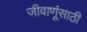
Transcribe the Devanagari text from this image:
जीवाणूंसाठी